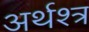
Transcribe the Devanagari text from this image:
अर्थश्त्र